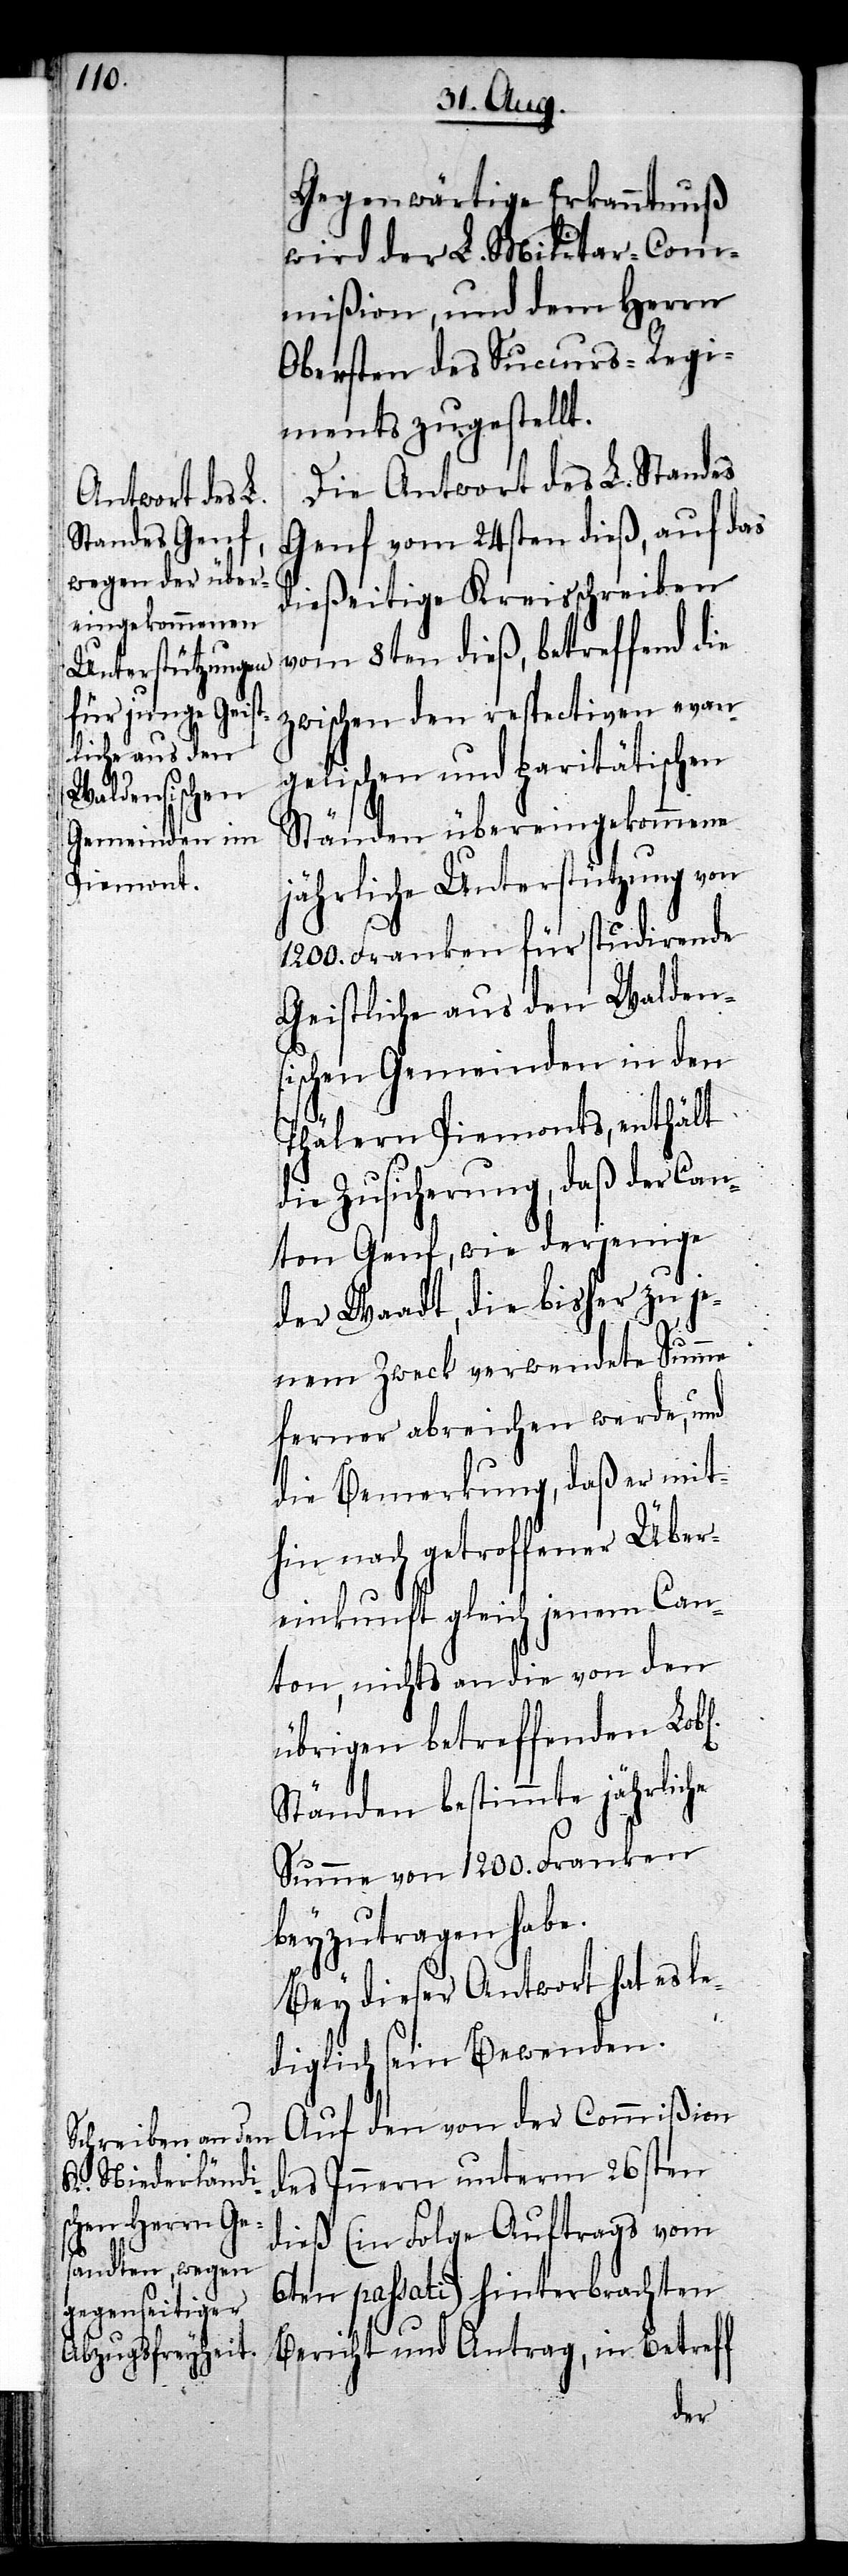
l[ichen]

Gegenwärtige Erkanntnuß
wird der L. Militar-Com¬
mißion, und dem Herrn
Obersten des Succurs-Regi¬
ments zugestellt.
Die Antwort des L. Standes
Genf vom 24sten dieß, auf das
dießeitige Kreisschreiben
vom 8ten dieß, betreffend die
zwischen den respectiven evan¬
gelischen und paritätischen
Ständen übereingekommene
jährliche Unterstützung von
1200. Franken für studirende
Geistliche aus den Walden¬
sischen Gemeinden in den
Thälern Piemonts, enthält
die Zusicherung, daß der Can¬
ton Genf, wie derjenige
der Waadt, die bisher zu je¬
nem Zweck verwendete Summe
ferner abreichen werde, und
die Bemerkung, daß er mit¬
hin nach getroffener Über¬
einkunft gleich jenem Can¬
ton, nichts an die von den
übrigen betreffenden Lob¬
Ständen bestimmte jährliche
Summe von 1200. Franken
beyzutragen habe.
Bey dieser Antwort hat es le¬
diglich sein Bewenden.
Auf den von der Commißion
des Innern unterm 26sten
dieß (in Folge Auftrags vom
6ten passati) hinterbrachten
Bericht und Antrag, in Betreff